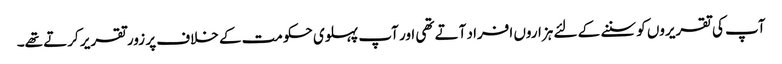
آپ کی تقریروں کو سننے کے لئے ہزاروں افراد آتے تھی اور آپ پہلوی حکومت کے خلاف پر زور تقریر کرتے تھے۔